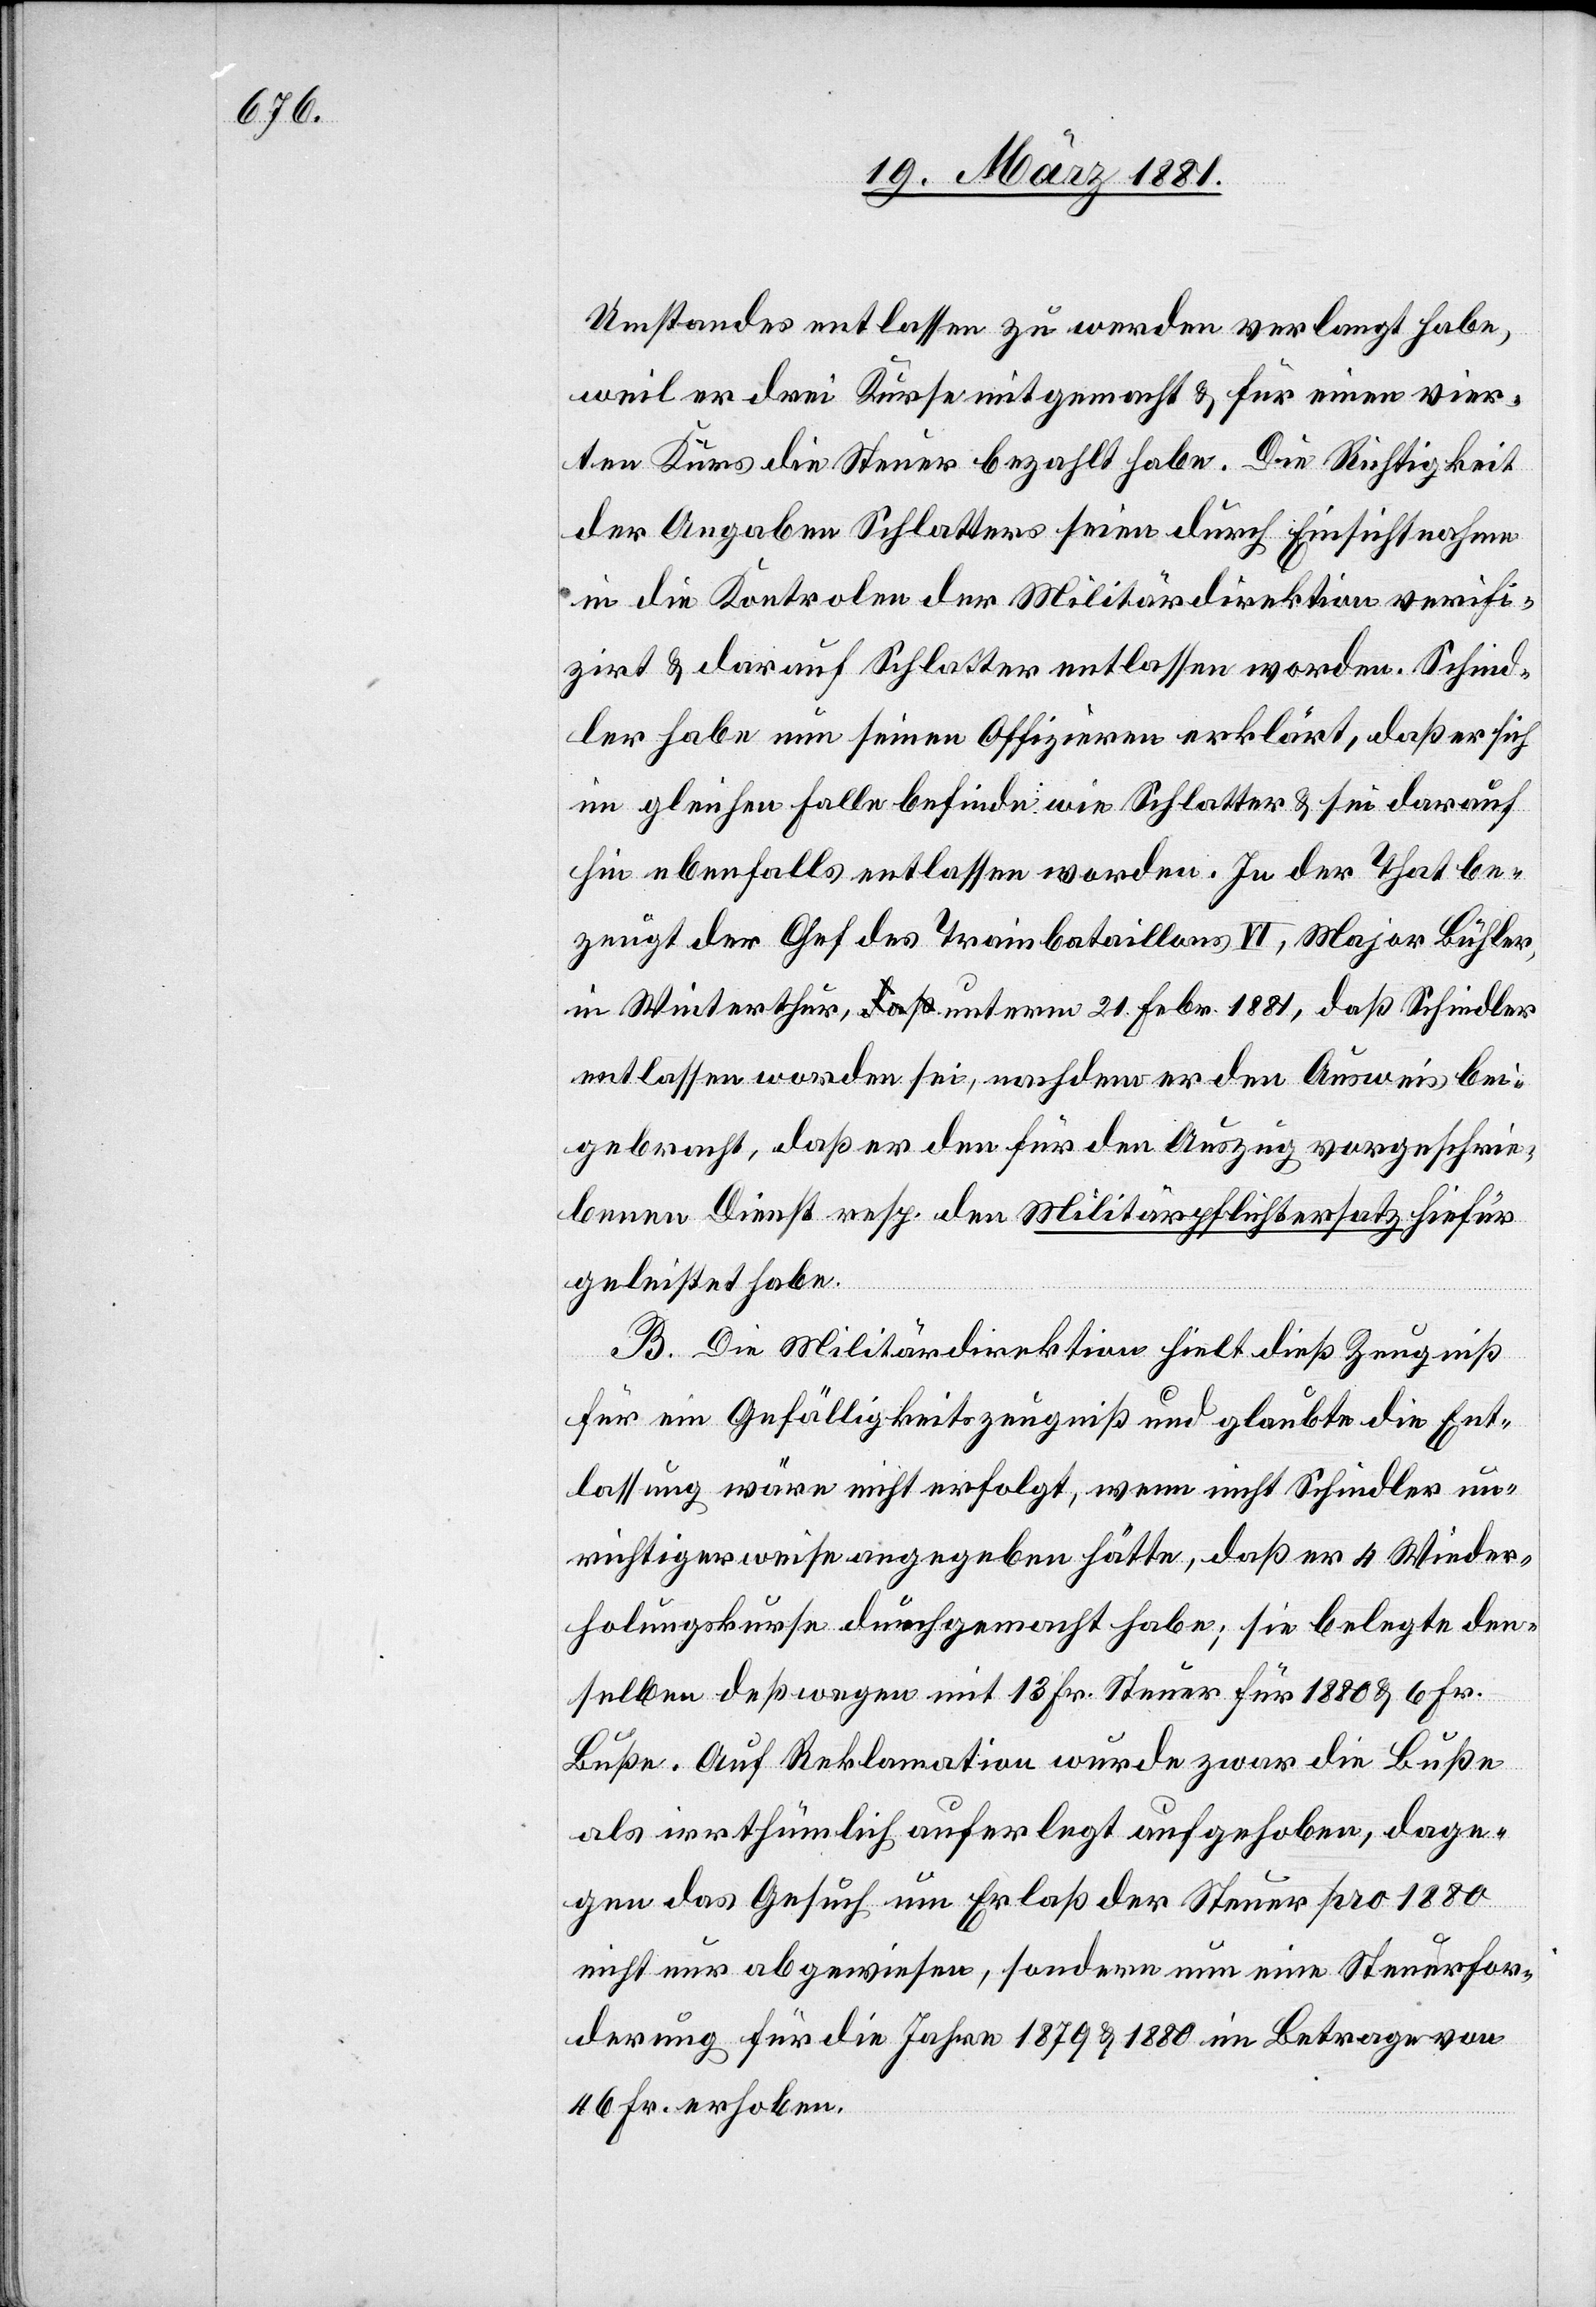
Umstandes entlassen zu werden verlangt habe,
weil er drei Kurse mitgemacht & für einen vier¬
ten Kurs die Steuer bezahlt habe. Die Richtigkeit
der Angaben Schlatters seien durch Einsichtnahme
in die Kontrole der Militärdirektion verifi¬
zirt & darauf Schlatter entlassen worden. Schind¬
ler habe nun seinen Offizieren erklärt, daß er sich
im gleichen Falle befinde wie Schlatter & sei darauf
hin ebenfalls entlassen worden. In der That be¬
zeugt der Chef des Trainbatallions VI, Major Bühler,
in Winterthur, unterm 21. Febr. 1881, daß Schindler
entlassen worden sei, nachdem er den Ausweis bei¬
gebracht, daß er den für den Auszug vorgeschrie¬
benen Dienst resp. den Militärpflichtersatz hiefür
geleistet habe.
B. Die Militärdirektion hielt dieß Zeugniß
für ein Gefälligkeitszeugniß und glaubte die Ent¬
lassung wäre nicht erfolgt, wenn nicht Schindler un¬
richtigerweise angegeben hätte, daß er 4 Wieder¬
holungskurse durchgemacht habe; sie belegte den¬
selben deßwegen mit 13 Fr. Steuer für 1880 & 6 Fr.
Buße. Auf Reklamation wurde zwar die Buße
als irrthümlich auferlegt aufgehoben, dage¬
gen das Gesuch um Erlaß der Steuer pro 1880
nicht nur abgewiesen, sondern um eine Steuerfor¬
derung für die Jahre 1879 & 1880 im Betrage von
46 Fr. erhoben.